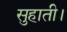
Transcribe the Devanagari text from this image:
सुहाती।